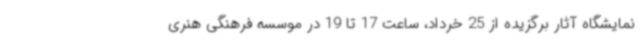
نمایشگاه آثار برگزیده از 25 خرداد، ساعت 17 تا 19 در موسسه فرهنگی هنری